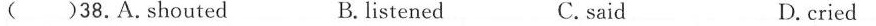
( )38.A.Shouted B. listened C.said D.cried